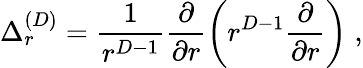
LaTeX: \Delta_{r}^{({D})}=\frac{1}{r^{{D}-1}}\frac{\partial}{\partial r}\left(r^{{D}-1}\frac{\partial}{\partial r}\right)\; ,